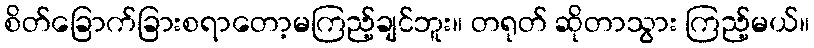
စိတ်ခြောက်ခြားစရာတော့မကြည့်ချင်ဘူး။ တရုတ် ဆိုတာသွား ကြည့်မယ်။